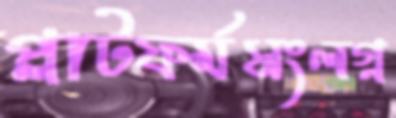
প্লাটফর্মসংলগ্ন